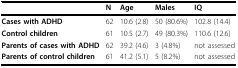
|  | N | Age | Males | IQ |
 | --- | --- | --- | --- | --- |
 | Cases with ADHD | 62 | 10.6 (2.8) | 50 (80.6%) | 102.8 (14.4) |
 | Control children | 61 | 10.5 (2.7) | 49 (80.3%) | 110.6 (12.6) |
 | Parents of cases with ADHD | 62 | 39.2 (4.6) | 3 (4.8%) | not assessed |
 | Parents of control children | 61 | 41.2 (5.1) | 5 (8.2%) | not assessed |